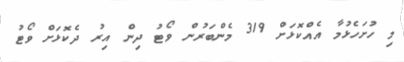
މި ހުށަހެޅުމާ އެއްކޮޅަށް 319 މެންބަރުން ވޯޓު ދިން އިރު ދެކޮޅަށް ވޯޓު